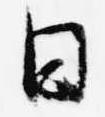
日